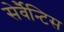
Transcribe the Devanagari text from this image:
सेर्वैन्टिस